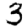
Digit: 3